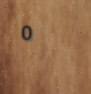
0